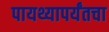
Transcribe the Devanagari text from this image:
पायथ्यापर्यंतचा